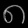
Digit: ၈